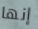
إنها